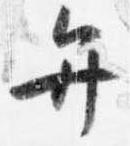
弁